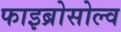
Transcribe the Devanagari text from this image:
फाइब्रोसोल्व